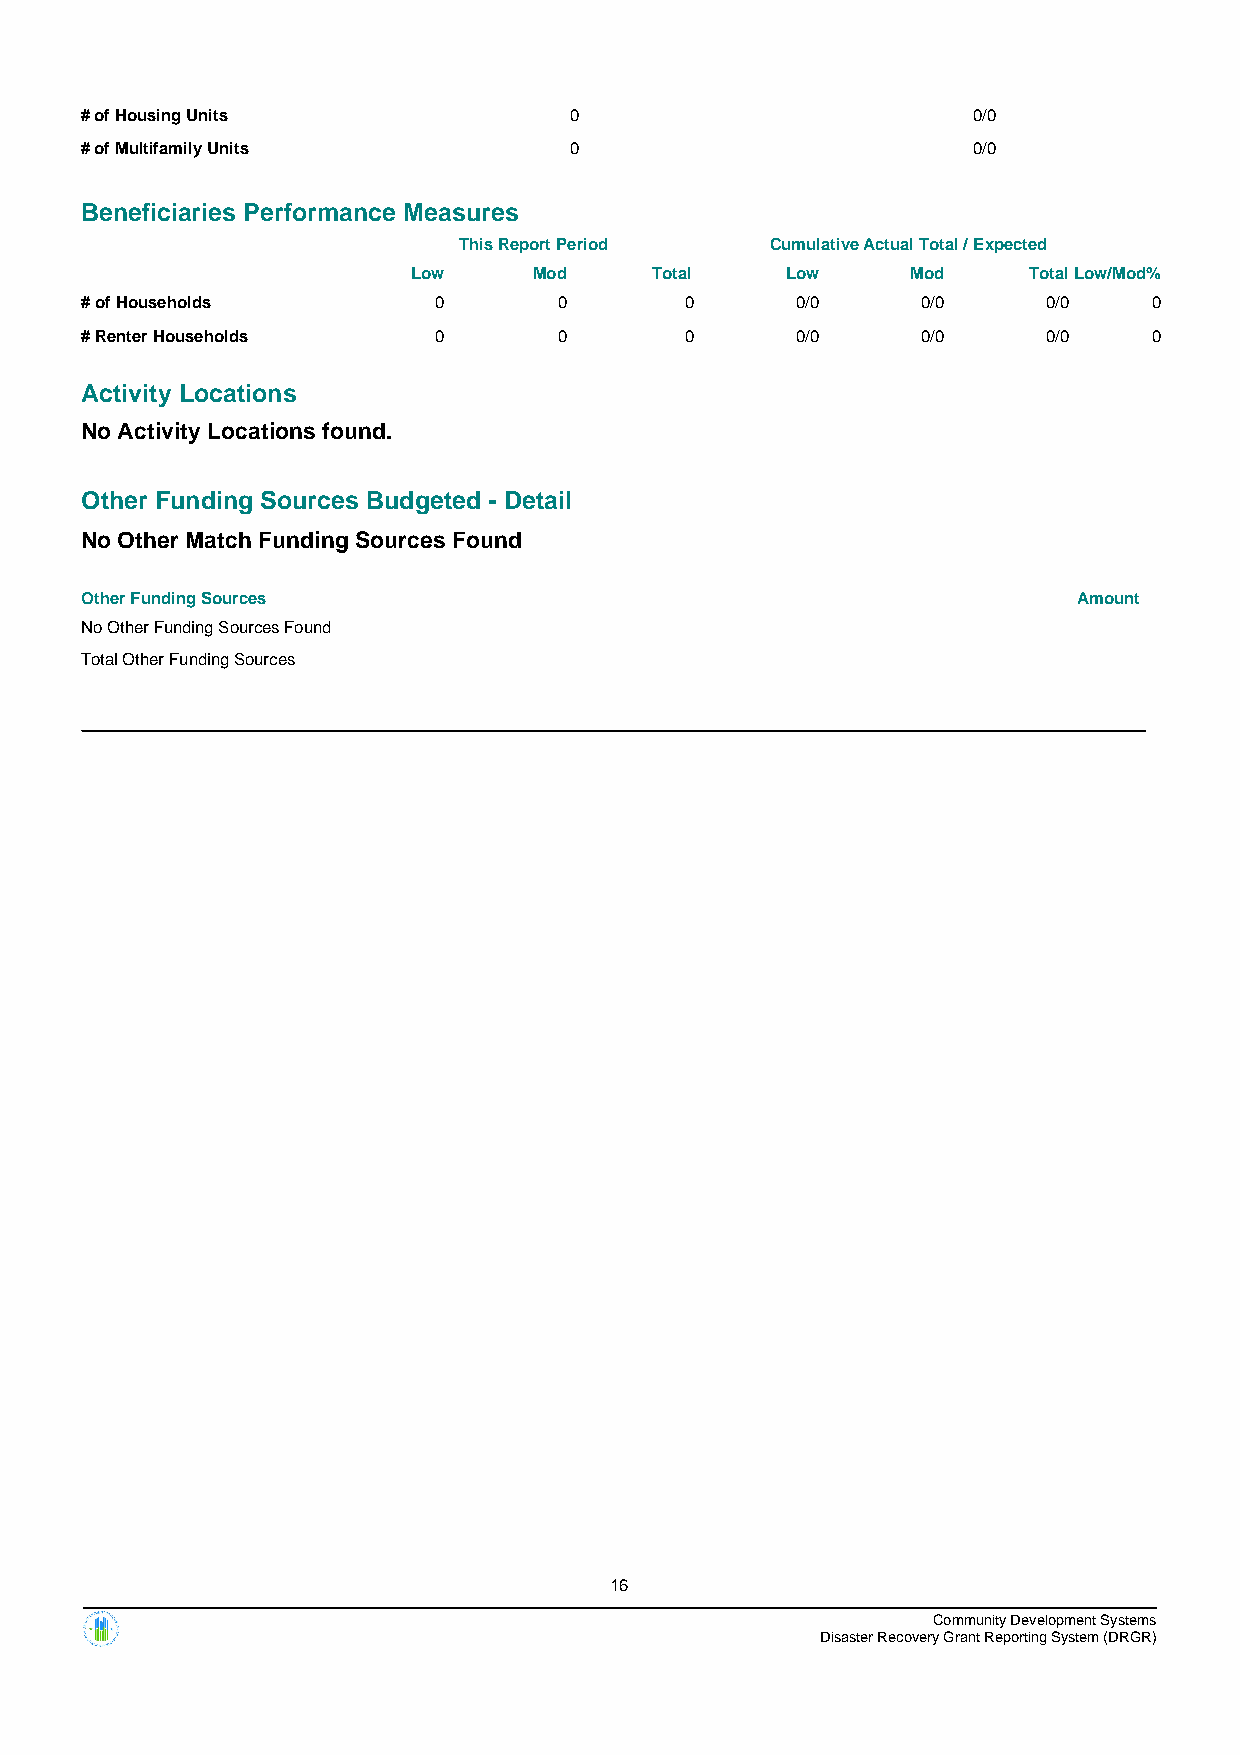
# of Housing Units               0                         0/0
 # of Multifamily Units           0                         0/0
 Beneficiaries Performance Measures
 This Report Period   Cumulative Actual Total / Expected
 Low     Mod     Total    Low     Mod     TotalLow/Mod%
 # of Households         0       0       0       0/0     0/0     0/0    0
 # Renter Households     0       0       0       0/0     0/0     0/0    0
 Activity Locations
 No Activity Locations found.
 Other Funding Sources Budgeted - Detail
 No Other Match Funding Sources Found
 Other Funding Sources                                             Amount
 No Other Funding Sources Found
 Total Other Funding Sources
 16
 Community Development Systems
 Disaster Recovery Grant Reporting System (DRGR)